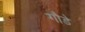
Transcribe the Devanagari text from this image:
गौडे